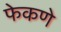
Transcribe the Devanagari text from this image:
फेकणे